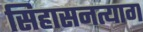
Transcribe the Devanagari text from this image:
सिहासनत्याग